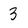
Character: 3